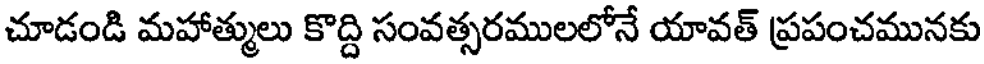
చూడండి మహాత్ములు కొద్ది సంవత్సరములలోనే యావత్ ప్రపంచమునకు